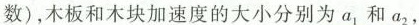
数)，木板和木块加速度的大小分别为a_{ 1}和a_{2}，